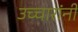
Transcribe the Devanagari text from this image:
उच्चारांनी